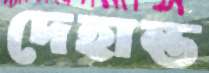
দেহান্ত